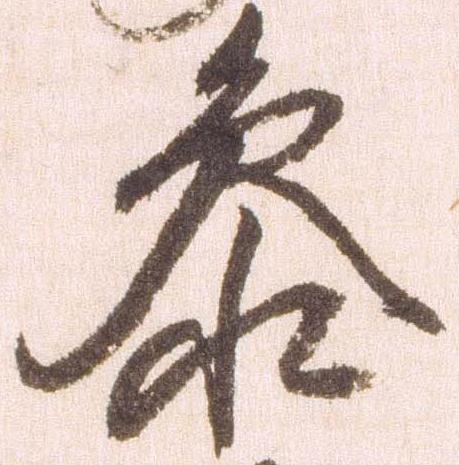
参